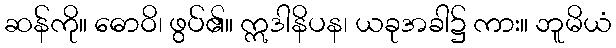
ဆန်ကို။ ဓောဝိ၊ ဖွပ်၏။ ဣဒါနိပန၊ ယခုအခါ၌ ကား။ ဘူမိယံ